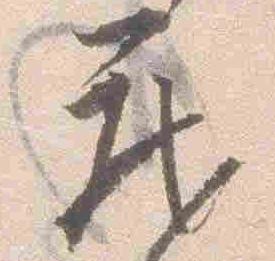
蔵